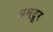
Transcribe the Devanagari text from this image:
अमदूर